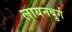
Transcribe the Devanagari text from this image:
लायनबुर्ग